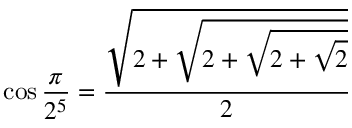
\cos { \frac { \pi } { 2 ^ { 5 } } } = { \frac { \sqrt { 2 + { \sqrt { 2 + { \sqrt { 2 + { \sqrt { 2 } } } } } } } } { 2 } }